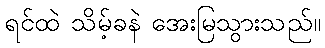
ရင်ထဲ သိမ့်ခနဲ အေးမြသွားသည်။